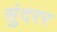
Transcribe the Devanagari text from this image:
सुंदरर